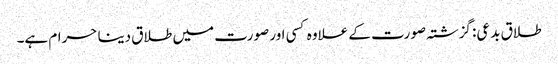
طلاق بدعی: گزشتہ صورت کے علاوہ کسی اور صورت میں طلاق دینا حرام ہے۔